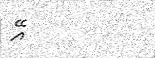
އޭ